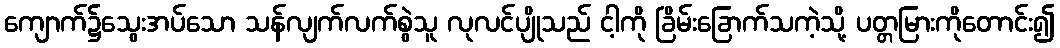
ကျောက်၌သွေးအပ်သော သန်လျက်လက်စွဲသူ လုလင်ပျိုသည် ငါ့ကို ခြိမ်းခြောက်သကဲ့သို့ ပတ္တမြားကိုတောင်း၍